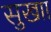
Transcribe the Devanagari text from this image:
सुखाा